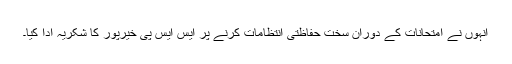
انہوں نے امتحانات کے دوران سخت حفاظتی انتظامات کرنے پر ایس ایس پی خیرپور کا شکریہ ادا کیا۔